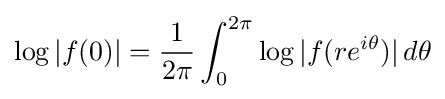
\log |f(0)|={\frac {1}{2\pi }}\int _{0}^{2\pi }\log |f(re^{i\theta })|\,d\theta